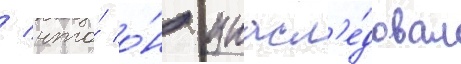
/ что́ о́н унасл'е́довал